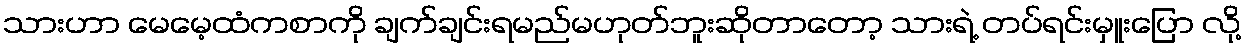
သားဟာ မေမေ့ထံကစာကို ချက်ချင်းရမည်မဟုတ်ဘူးဆိုတာတော့ သားရဲ့ တပ်ရင်းမှူးပြော လို့